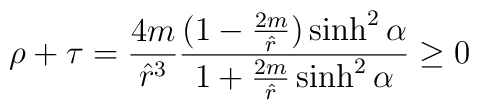
\rho + \tau = \frac{4m}{{\hat r}^{3}} \frac{(1-\frac{2m}{\hat r})\sinh^{2}\alpha}{1+\frac{2m}{\hat r}\sinh^{2}\alpha} \ge 0